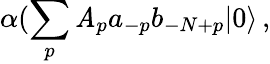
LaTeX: \alpha(\sum_{p}\mathit{A}_{p}a_{-p}b_{-N+p}|0\rangle\, ,